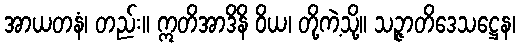
အာယတနံ၊ တည်း။ ဣတိအာဒိနိ ဝိယ၊ တို့ကဲ့သို့။ သဉ္ဇာတိဒေသဋ္ဌေန၊